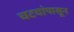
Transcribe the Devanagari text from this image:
चटयांपासून